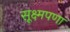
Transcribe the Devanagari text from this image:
सूक्ष्मपणा